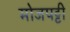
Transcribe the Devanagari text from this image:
मोजपट्टी